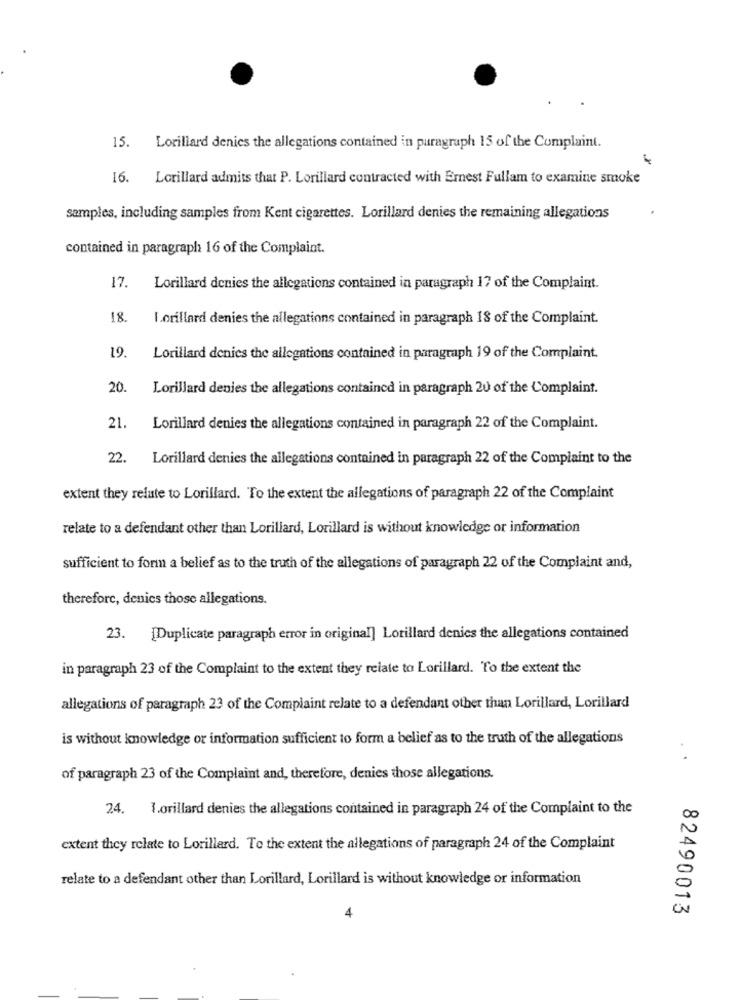
15.
Lorillard denies the allegations contained in paragraph 15 of the Complaint.
16. Lorillard admits that P. Lorillard contracted with Ernest Fullam to examine smoke
samples, including samples from Kent cigarettes. Lorillard denies the remaining allegations
contained in paragraph 16 of the Complaint.
17.
Lorillard denies the allegations contained in paragraph 17 of the Complaint.
18
Lorillard denies the allegations contained in paragraph 18 of the Complaint.
19.
Lorillard denies the allegations contained in paragraph 19 of the Complaint.
20.
Lorillard denies the allegations contained in paragraph 20 of the Complaint.
21.
Lorillard denies the allegations contained in paragraph 22 of the Complaint.
22.
Lorillard denies the allegations contained in paragraph 22 of the Complaint to the
extent they relate to Lorillard. To the extent the allegations of paragraph 22 of the Complaint
relate to a defendant other than Lorillard, Lorillard is without knowledge or information
sufficient to form a belief as to the truth of the allegations of paragraph 22 of the Complaint and,
therefore, denics those allegations.
23. [Duplicate paragraph error in original] Lorillard denies the allegations contained
in paragraph 23 of the Complaint to the extent they relate to Lorillard. To the extent the
allegations of paragraph 23 of the Complaint relate to a defendant other than Lorillard, Lorillard
is without knowledge or information sufficient to form a belief as to the truth of the allegations
of paragraph 23 of the Complaint and, therefore, denies those allegations.
24. 1.orillard denies the allegations contained in paragraph 24 of the Complaint to the
extent they relate to Lorillard. To the extent the allegations of paragraph 24 of the Complaint
relate to a defendant other than Lorillard, Lorillard is without knowledge or information
4
82490013